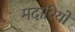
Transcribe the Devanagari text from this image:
मदारियों